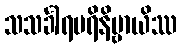
သသင်္ခါရပရိနိဗ္ဗာယိဿ